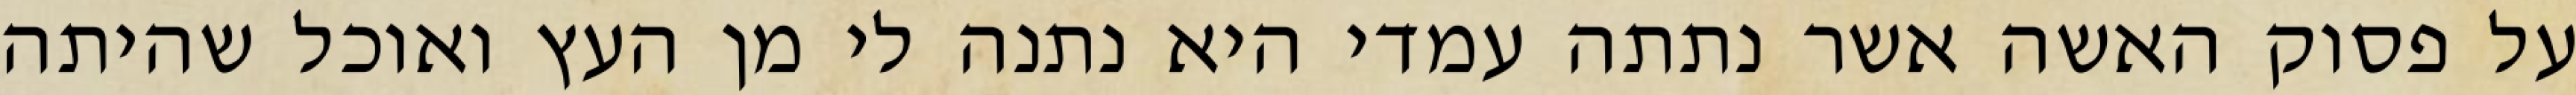
על פסוק האשה אשר נתתה עמדי היא נתנה לי מן העץ ואוכל שהיתה